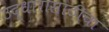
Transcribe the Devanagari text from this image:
उद्धारासाठीचा